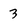
Character: 3